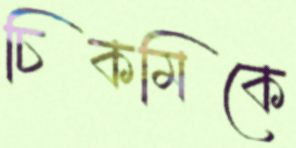
চিকমিকে